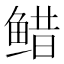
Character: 𱇷